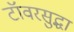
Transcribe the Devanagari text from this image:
टॉवरसुद्धा